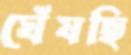
ঘেঁষছি